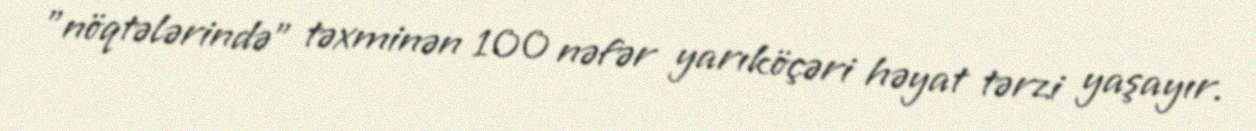
"nöqtələrində" təxminən 100 nəfər yarıköçəri həyat tərzi yaşayır.